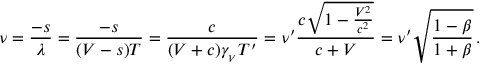
\nu = { \frac { - s } { \lambda } } = { \frac { - s } { ( V - s ) T } } = { \frac { c } { ( V + c ) \gamma _ { _ { V } } T ^ { \prime } } } = \nu ^ { \prime } { \frac { c { \sqrt { 1 - { \frac { V ^ { 2 } } { c ^ { 2 } } } } } } { c + V } } = \nu ^ { \prime } { \sqrt { \frac { 1 - \beta } { 1 + \beta } } } \, .